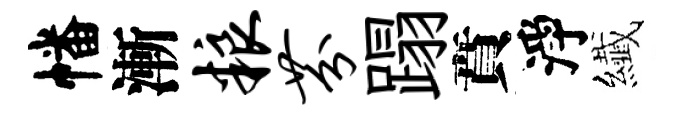
幡漸粮芬蹋賁淨纎